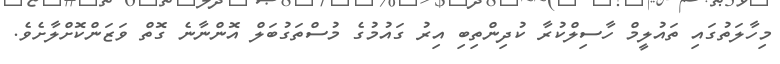
މިހާލަތުގައި ތައުލީމް ހާސިލްކުރާ ކުދިންތިބި އިރު ގައުމުގެ މުސްތަގުބަލް އޮންނާނެ ގޮތް ވަޒަންކޮށްލާށެވެ.